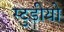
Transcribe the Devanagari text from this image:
स्टुडीयो